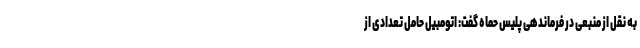
به نقل از منبعی در فرماندهی پلیس حماه گفت: اتومبیل حامل تعدادی از